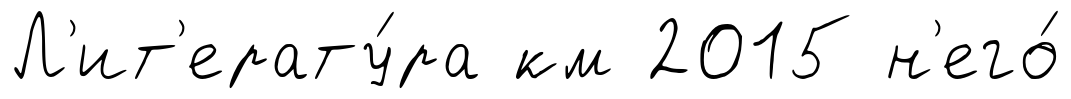
Л'ит'ерату́ра км 2015 н'его́